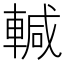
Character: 輱